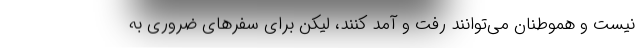
نیست و هموطنان می‌توانند رفت و آمد کنند، لیکن برای سفرهای ضروری به